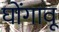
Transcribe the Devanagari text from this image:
घोंगावू